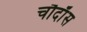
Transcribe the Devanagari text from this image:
चौदाँस